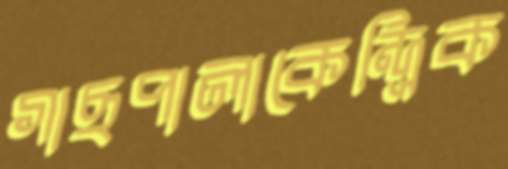
গাছপালাকেন্দ্রিক